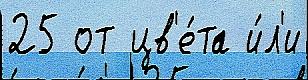
25 от цв'е́та и́л'и